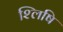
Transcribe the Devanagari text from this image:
श्लिषि